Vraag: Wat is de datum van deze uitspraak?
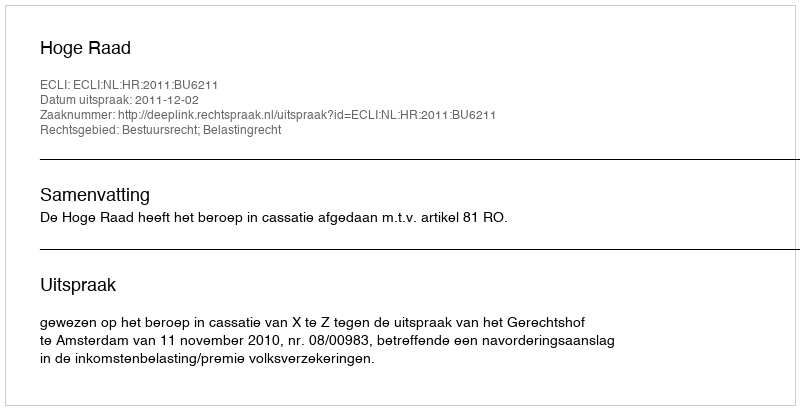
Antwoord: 2011-12-02